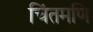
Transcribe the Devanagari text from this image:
चिंतमणि